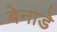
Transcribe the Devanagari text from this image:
बेनाडे